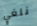
نلغي